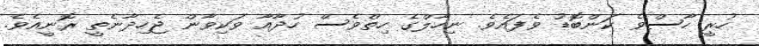
ހުރީ ހާސްވެ ކަންބޮޑު ވެފައެވެ. ނިހާލްގެ ހިތްވެސް ހުދާއާ ވަކިވާން ޖެހިދާނެތީ ރޮނީއެވެ.